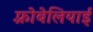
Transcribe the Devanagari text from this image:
फ़्रोबेलियाई